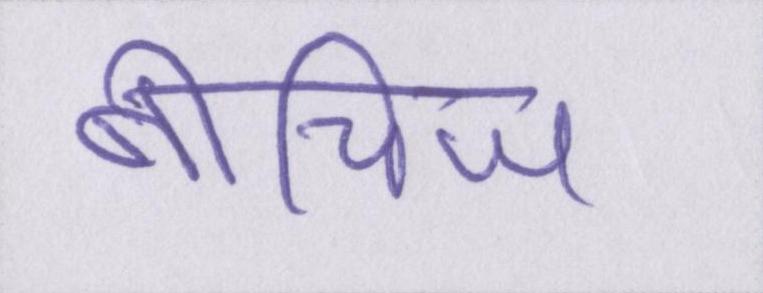
बीचिज